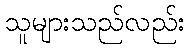
သူများသည်လည်း